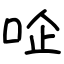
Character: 㖉